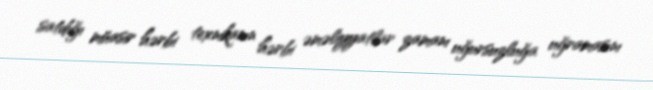
satdığı müasir hərbi texnikanın hərbi əməliyyatlar zamanı uğursuzluğa uğramasını